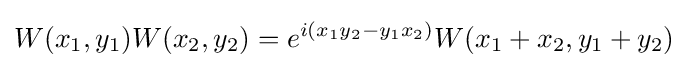
W(x_{1},y_{1})W(x_{2},y_{2})=e^{i(x_{1}y_{2}-y_{1}x_{2})}W(x_{1}+x_{2},y_{1}+y_{2})